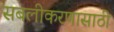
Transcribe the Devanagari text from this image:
सबलीकरणासाठी